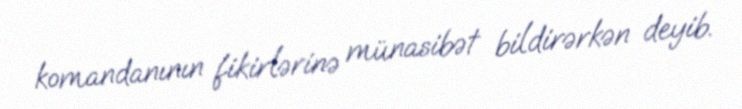
komandanının fikirlərinə münasibət bildirərkən deyib.